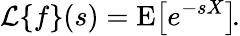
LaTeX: {\mathcal{L}}\{ f\} (s)=\operatorname{E}\! \left[e^{-sX}\right]\! .